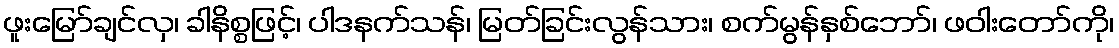
ဖူးမြော်ချင်လှ၊ ခါနိစ္စဖြင့်၊ ပါဒနက်သန်၊ မြတ်ခြင်းလွန်သား၊ စက်မွန်နှစ်ဘော်၊ ဖဝါးတော်ကို၊